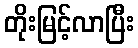
တိုးမြင့်လာပြီး